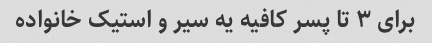
برای ۳ تا پسر کافیه یه سیر و استیک خانواده